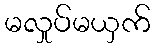
မလှုပ်မယှက်